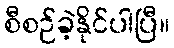
စီစဉ်ခဲ့နိုင်ပါပြီ။